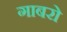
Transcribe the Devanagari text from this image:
गाबरो